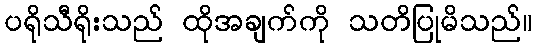
ပရိုသီရိုးသည် ထိုအချက်ကို သတိပြုမိသည်။